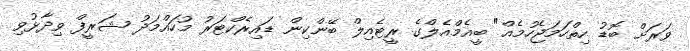
ވަރަށް ބޮޑު ހިތްހަމަޖެހުމެއް" ބީއެމްއެލްގެ ރީޓެއިލް ބޭންކިން ޑައިރެކްޓަރު މުހައްމަދު ޝަރީފް ވިދާޅުވި